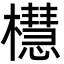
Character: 櫘